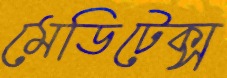
মেডিটেক্স